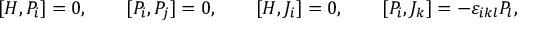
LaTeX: [ { \cal H } , { \cal P } _ { i } ] = 0 , \qquad [ { \cal P } _ { i } , { \cal P } _ { j } ] = 0 , \qquad [ { \cal H } , { \cal J } _ { i } ] = 0 , \qquad [ { \cal P } _ { i } , { \cal J } _ { k } ] = - \varepsilon _ { i k l } { \cal P } _ { l } ,